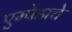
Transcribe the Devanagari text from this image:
एम्पेडाचे